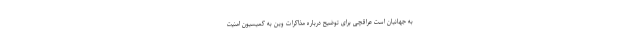
به جهانیان است عراقچی برای توضیح درباره مذاکرات وین به کمیسیون امنیت